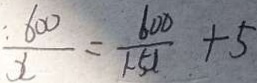
: \frac { 6 0 0 } { x } = \frac { 6 0 0 } { 1 . 5 1 } + 5